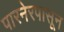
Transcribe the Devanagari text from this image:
पारनेरपासून